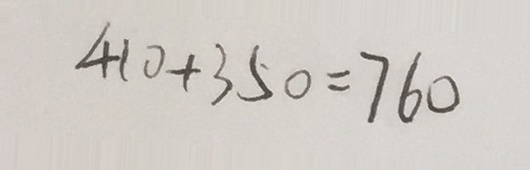
4 1 0 + 3 5 0 = 7 6 0